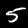
Label: 5